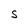
Character: S